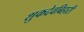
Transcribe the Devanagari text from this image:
शुकदेवबिहारी